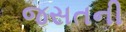
જસતની